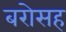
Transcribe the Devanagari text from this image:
बरोसह